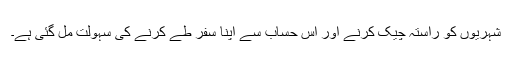
شہریوں کو راستہ چیک کرنے اور اس حساب سے اپنا سفر طے کرنے کی سہولت مل گئی ہے۔